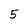
Character: 5